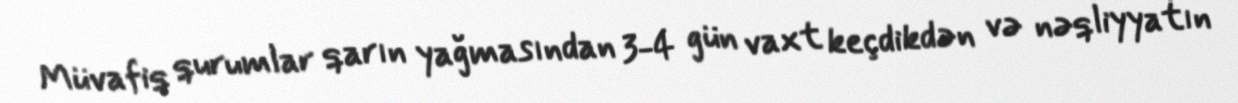
Müvafiq qurumlar qarın yağmasından 3-4 gün vaxt keçdikdən və nəqliyyatın